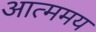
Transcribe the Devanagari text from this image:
आत्ममय